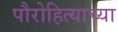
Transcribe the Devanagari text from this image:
पौरोहित्याच्या